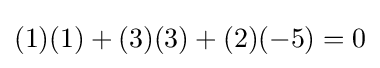
(1)(1)+(3)(3)+(2)(-5)=0